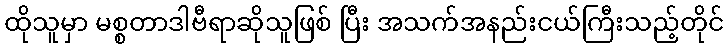
ထိုသူမှာ မစ္စတာဒါဗီရာဆိုသူဖြစ် ပြီး အသက်အနည်းငယ်ကြီးသည့်တိုင်